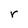
Character: r